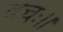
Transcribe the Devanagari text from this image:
वचः।।